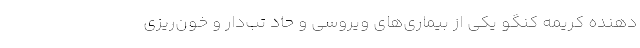
دهنده کریمه کنگو یکی از بیماری‌های ویروسی و حاد تب‌دار و خون‌ریزی